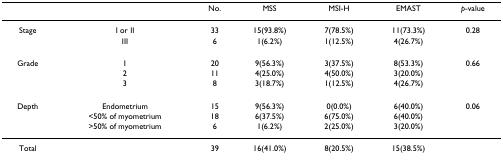
|  |  | No. | MSS | MSI-H | EMAST | p-value |
 | --- | --- | --- | --- | --- | --- | --- |
 | Stage | I or II | 33 | 15(93.8%) | 7(78.5%) | 11(73.3%) | 0.28 |
 |  | III | 6 | 1(6.2%) | 1(12.5%) | 4(26.7%) |  |
 | Grade | 1 | 20 | 9(56.3%) | 3(37.5%) | 8(53.3%) | 0.66 |
 |  | 2 | 11 | 4(25.0%) | 4(50.0%) | 3(20.0%) |  |
 |  | 3 | 8 | 3(18.7%) | 1(12.5%) | 4(26.7%) |  |
 | Depth | Endometrium | 15 | 9(56.3%) | 0(0.0%) | 6(40.0%) | 0.06 |
 |  | <50% of myometrium | 18 | 6(37.5%) | 6(75.0%) | 6(40.0%) |  |
 |  | >50% of myometrium | 6 | 1(6.2%) | 2(25.0%) | 3(20.0%) |  |
 | Total |  | 39 | 16(41.0%) | 8(20.5%) | 15(38.5%) |  |